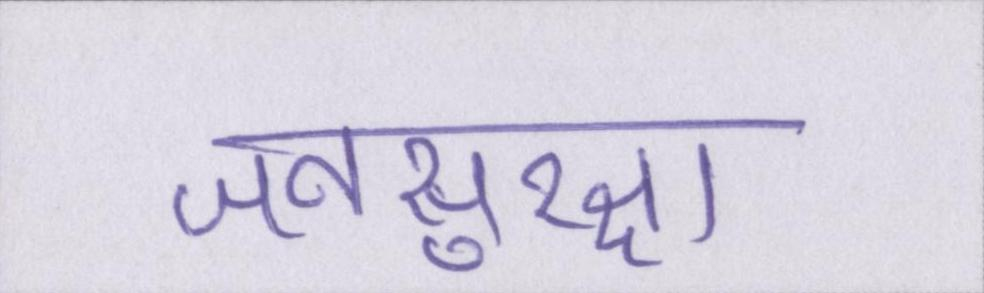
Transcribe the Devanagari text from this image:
जनसुरक्षा